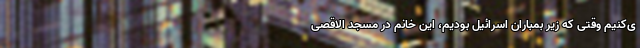
ی‌کنیم وقتی که زیر بمباران اسرائیل بودیم، این خانم در مسجد الاقصی